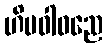
ဟိမဝါဝညေ